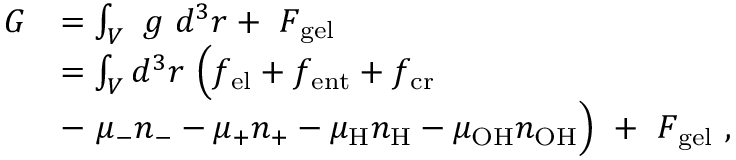
\begin{array} { r l } { G } & { = \int _ { V } ~ g ~ d ^ { 3 } r + ~ F _ { \mathrm { g e l } } } \\ & { = \int _ { V } d ^ { 3 } r ~ \Big ( f _ { \mathrm { e l } } + f _ { \mathrm { e n t } } + f _ { \mathrm { c r } } } \\ & { - ~ \mu _ { - } n _ { - } - \mu _ { + } n _ { + } - \mu _ { \mathrm { H } } n _ { \mathrm { H } } - \mu _ { \mathrm { O H } } n _ { \mathrm { O H } } \Big ) ~ + ~ F _ { \mathrm { g e l } } \ , } \end{array}